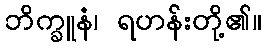
ဘိက္ခူနံ၊ ရဟန်းတို့၏။